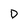
Character: D